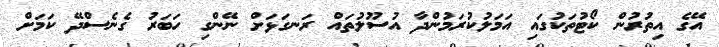
އޭގެ އިތުރުން ކޯޓުތަކުގައި އަމަލުކުރަމުންދާ އުސޫލުތައް ރަނގަޅަށް ނޭންގި ހަބަރު ގެނެސްދޭ ކަމަށް